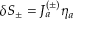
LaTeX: \delta { \cal S } _ { \pm } = J _ { a } ^ { ( \pm ) } \eta _ { a }